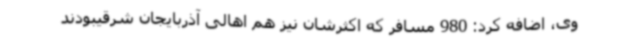
وی، اضافه کرد: 980 مسافر که اکثرشان نیز هم اهالی آذربایجان شرقیبودند